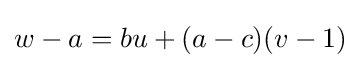
w-a=bu+(a-c)(v-1)